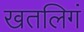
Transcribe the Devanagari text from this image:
खतलिगं